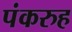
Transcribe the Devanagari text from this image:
पंकरुह